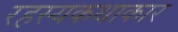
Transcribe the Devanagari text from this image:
रहस्यकथाकार